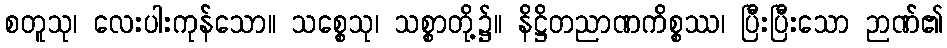
စတူသု၊ လေးပါးကုန်သော။ သစ္စေသု၊ သစ္စာတို့၌။ နိဋ္ဌိတညာဏကိစ္စဿ၊ ပြီးပြီးသော ဉာဏ်၏